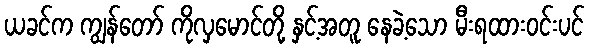
ယခင်က ကျွန်တော် ကိုလှမောင်တို့ နှင့်အတူ နေခဲ့သော မီးရထားဝင်းပင်